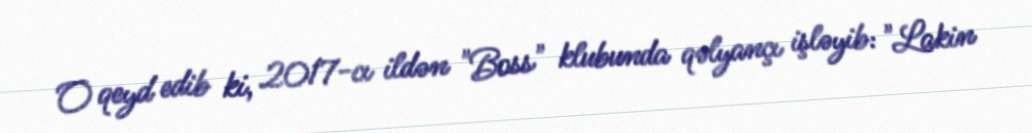
O qeyd edib ki, 2017-cı ildən "Boss" klubunda qəlyançı işləyib: "Lakin